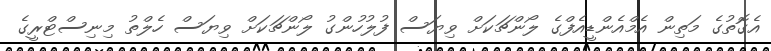
އެގޮތުގެ މަތިން އެމްއެންޑީއެފްގެ ލޯންޗަކަށް ވިޔަސް ފުލުހުންގު ލޯންޗަކަށް ވިޔަސް ހެލްތު މިނިސްޓްރީގެ